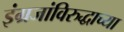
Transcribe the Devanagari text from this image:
इंग्रजांविरुद्धाच्या